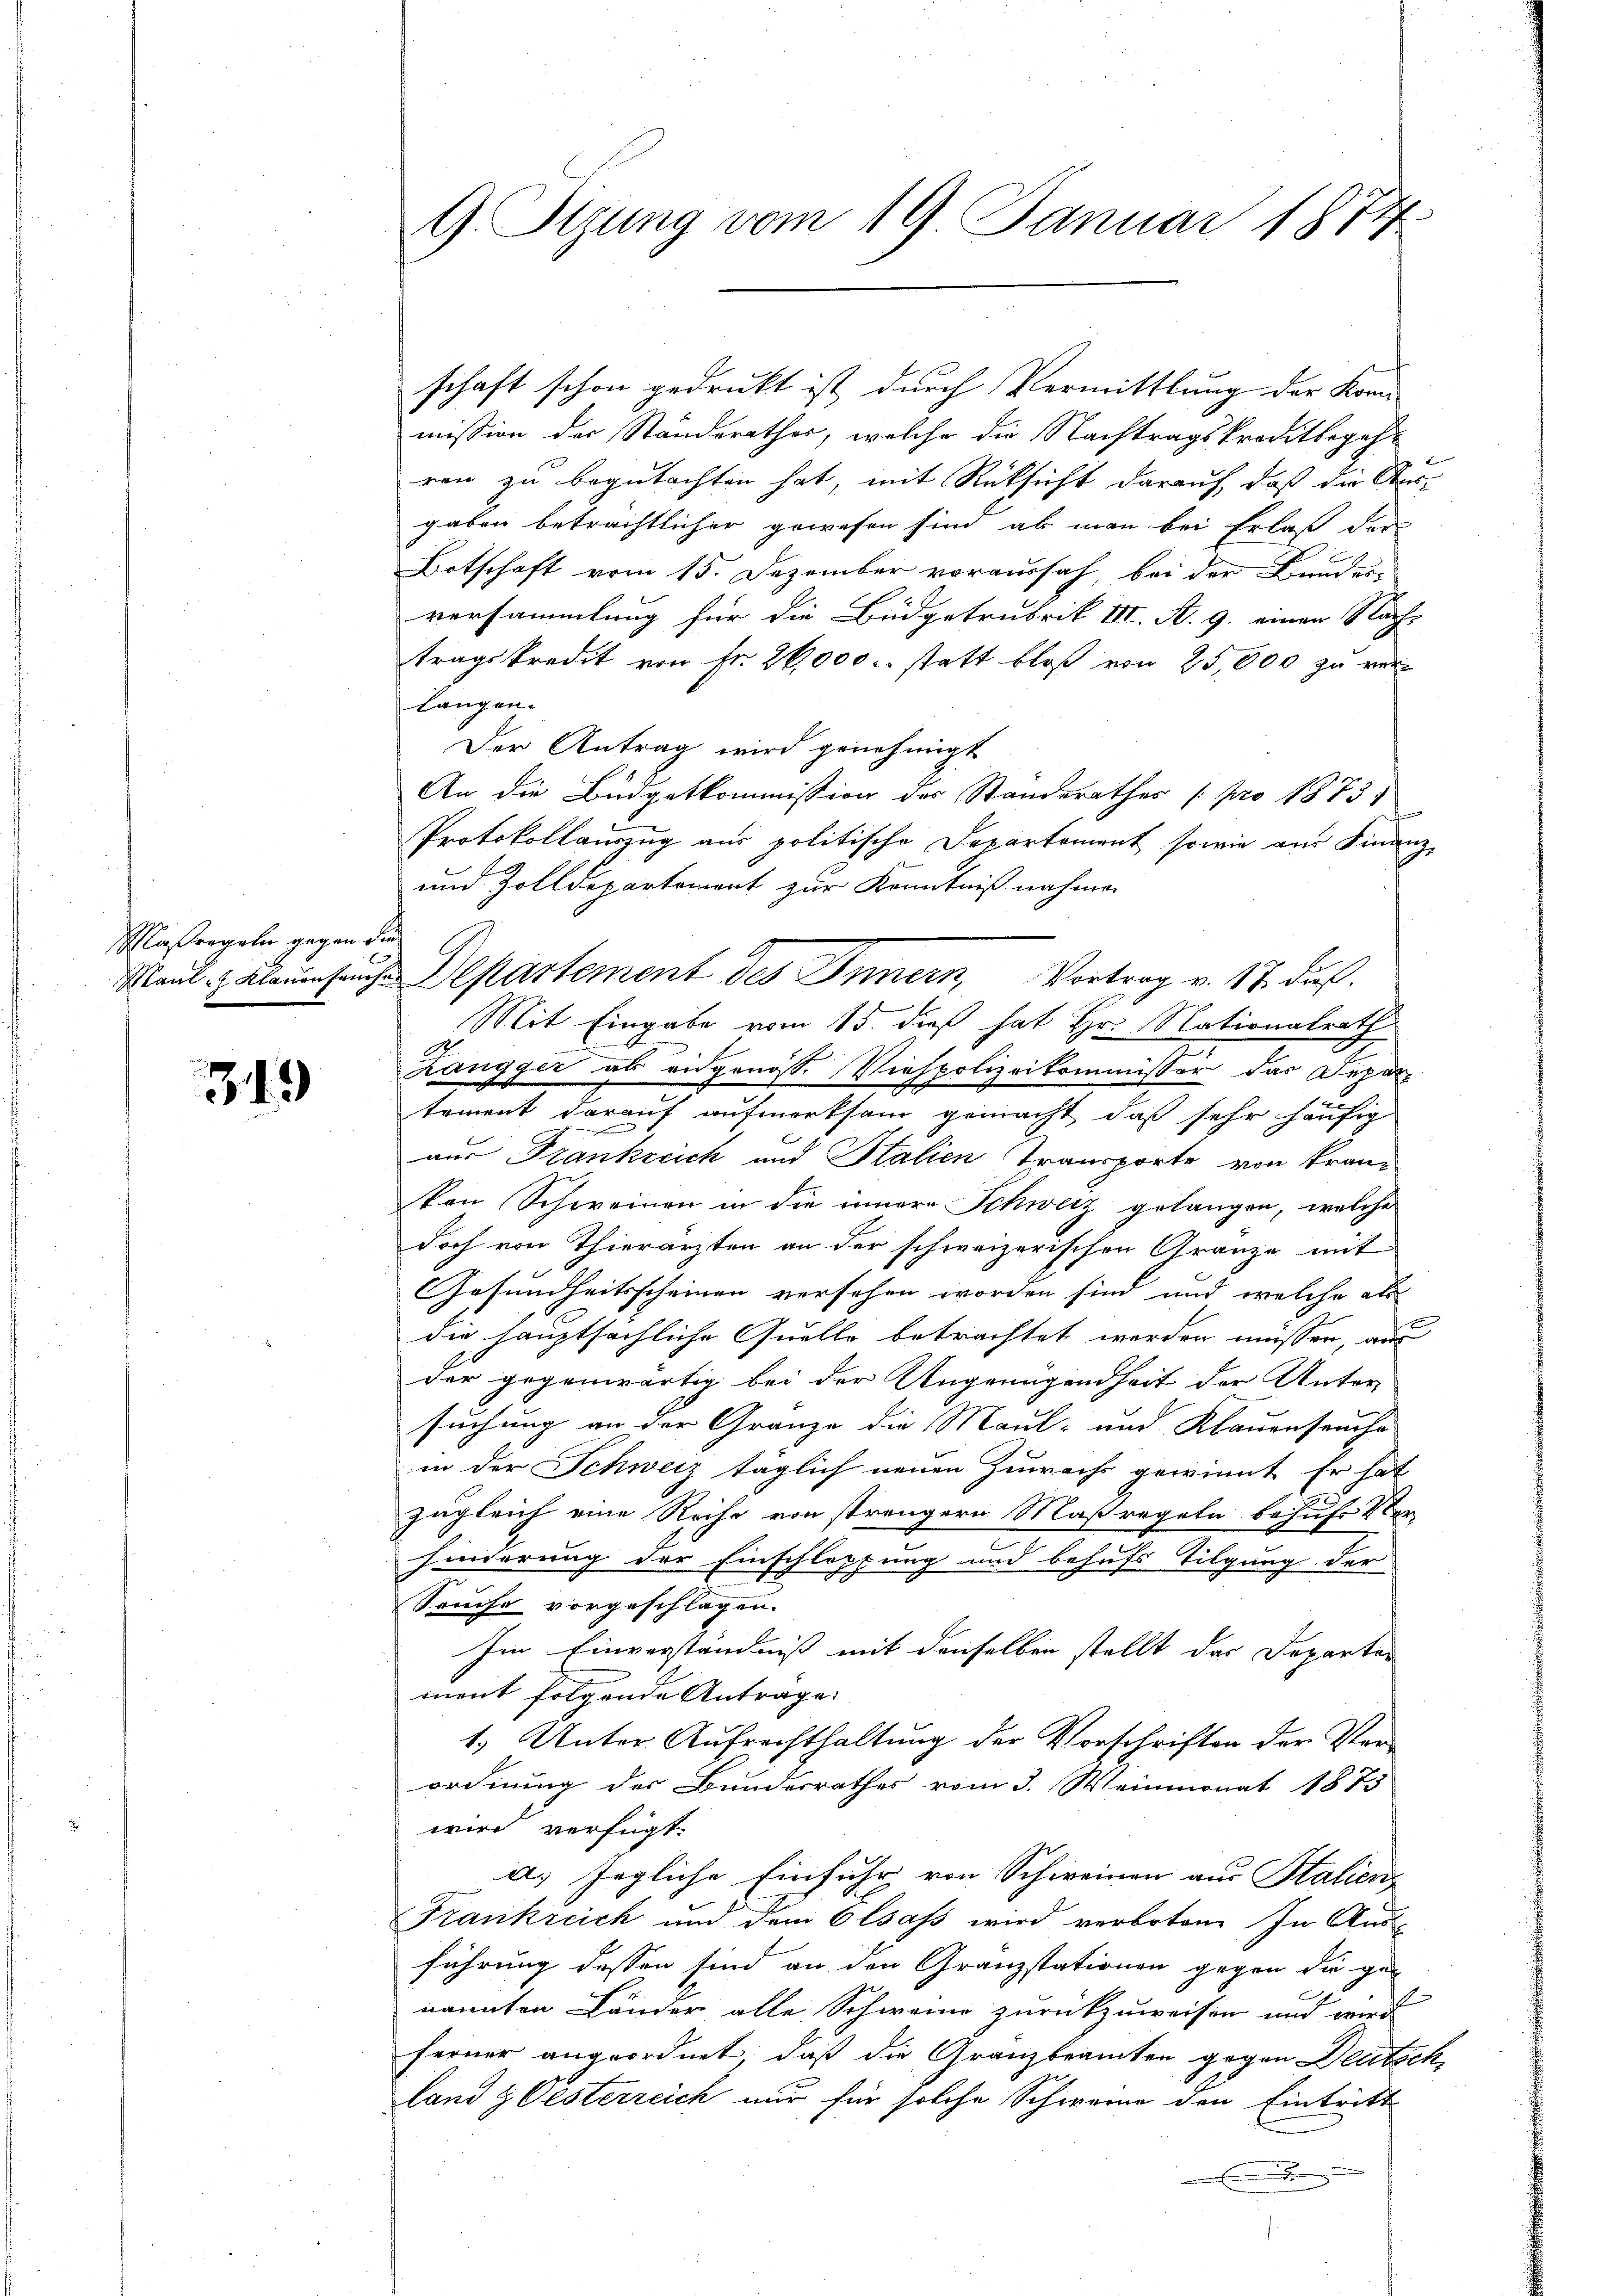
Maßregeln gegen die
Maul - Klauenfang

319

9. Sizung vom 19 Januar 1874

mission der Ständerathes, welche die Nachtragskreditbegehren zu begutachten hat, mit Rücksicht darauf, daß die Ausgaben beträchtlicher gewesen sind, ab man bei Erlaß der
Botschaft vom 15. Dezember voraussah, bei der Kundes-
versammlung für die Büdgetrubrik III. A. 9. einen Nach-
tragskredit von Fr. 26,000 u. statt bloß von 25,000 zu ver
langen.
Der Antrag wird genehmigt
An die Budgetkommission des Standerathes /: pro 1873.
Protokollauszug aus politische Departement, sowie aus Finanz-
und Zolldepartement zur Kenntniß nahmen
Mit Eingabe vom 15. dieß hat Hr. Nationalrath
Zangger als eidgenöss. Viehpolizeikommissor das Deparc
tement darauf aufmerksam gemacht, daß sehr häufig
aus Frankreich und Stalien Transporte von kran-
kan Schweinen in die innere Schweiz gelangen, welche
doch von Thierärzten an der schweizerischen Gränze mit
Gesundheitsscheinen versehen worden sind und welche als
die hauptsächliche Quelle betrachtet werden müssen au
der gegenwärtig bei der Angenügendheit der Unter-
suchung an der Granze die Maul- und Klauenseuche
in der Schweiz täglich neuen Zinrechs gewinnt. Er hat
zugleich eine Reihe von strengern Maßregeln behufe Ver-
hinderung der Einschleppung und behufs Tilgung der
Seuche vorgeschlagen.
Im Einverständniß mit denselben stellt das Departer
ment folgende Antrage
1.) Unter Aufrechthaltung der Vorschriften der Verordnung der Bundesrathes vom 3. Weinmonat 1873
wird verfügt:
a) Jegliche Einfuhr von Schweinen aus Stalien
Frankreich und dem Olsass wird verboten. In Aus-
führung dessen sind an den Granzstationen gegen die gan
nannten Länder alle Schweren zurückzuweisen und wird
ferner angeordnet, daß die Granzbeamten gegen Deutsch
land & Oesterreich nur für solche Schwere den Eintritt
e

schaft schon gedruckt ist durch Vermittlung der Kon

Departement des Innern, Vortrag v. 17. ds.